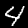
Label: 4